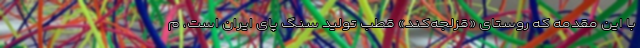
با این مقدمه که روستای «قزلجه‌کند» قطب تولید سنگ پای ایران است، م